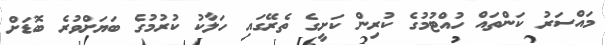
މައްސަރު ކަންތައް ހުއްޓުމުގެ ކުރިން ކަށީގެ ތެރޭގައި ހަލާކު ކުރުމުގެ ބަޔަށްވުރެ ބޮޑަށް